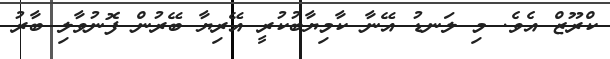
ކްރޫޒް އެވެ. މި ލަނޑު އޭނާ ކާމިޔާބުކުރީ އޭރިޔާ ބޭރުން ފޮނުވާލި ބާރު